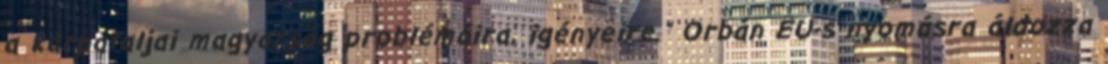
a kárpátaljai magyarság problémáira, igényeire." Orbán EU-s nyomásra áldozza